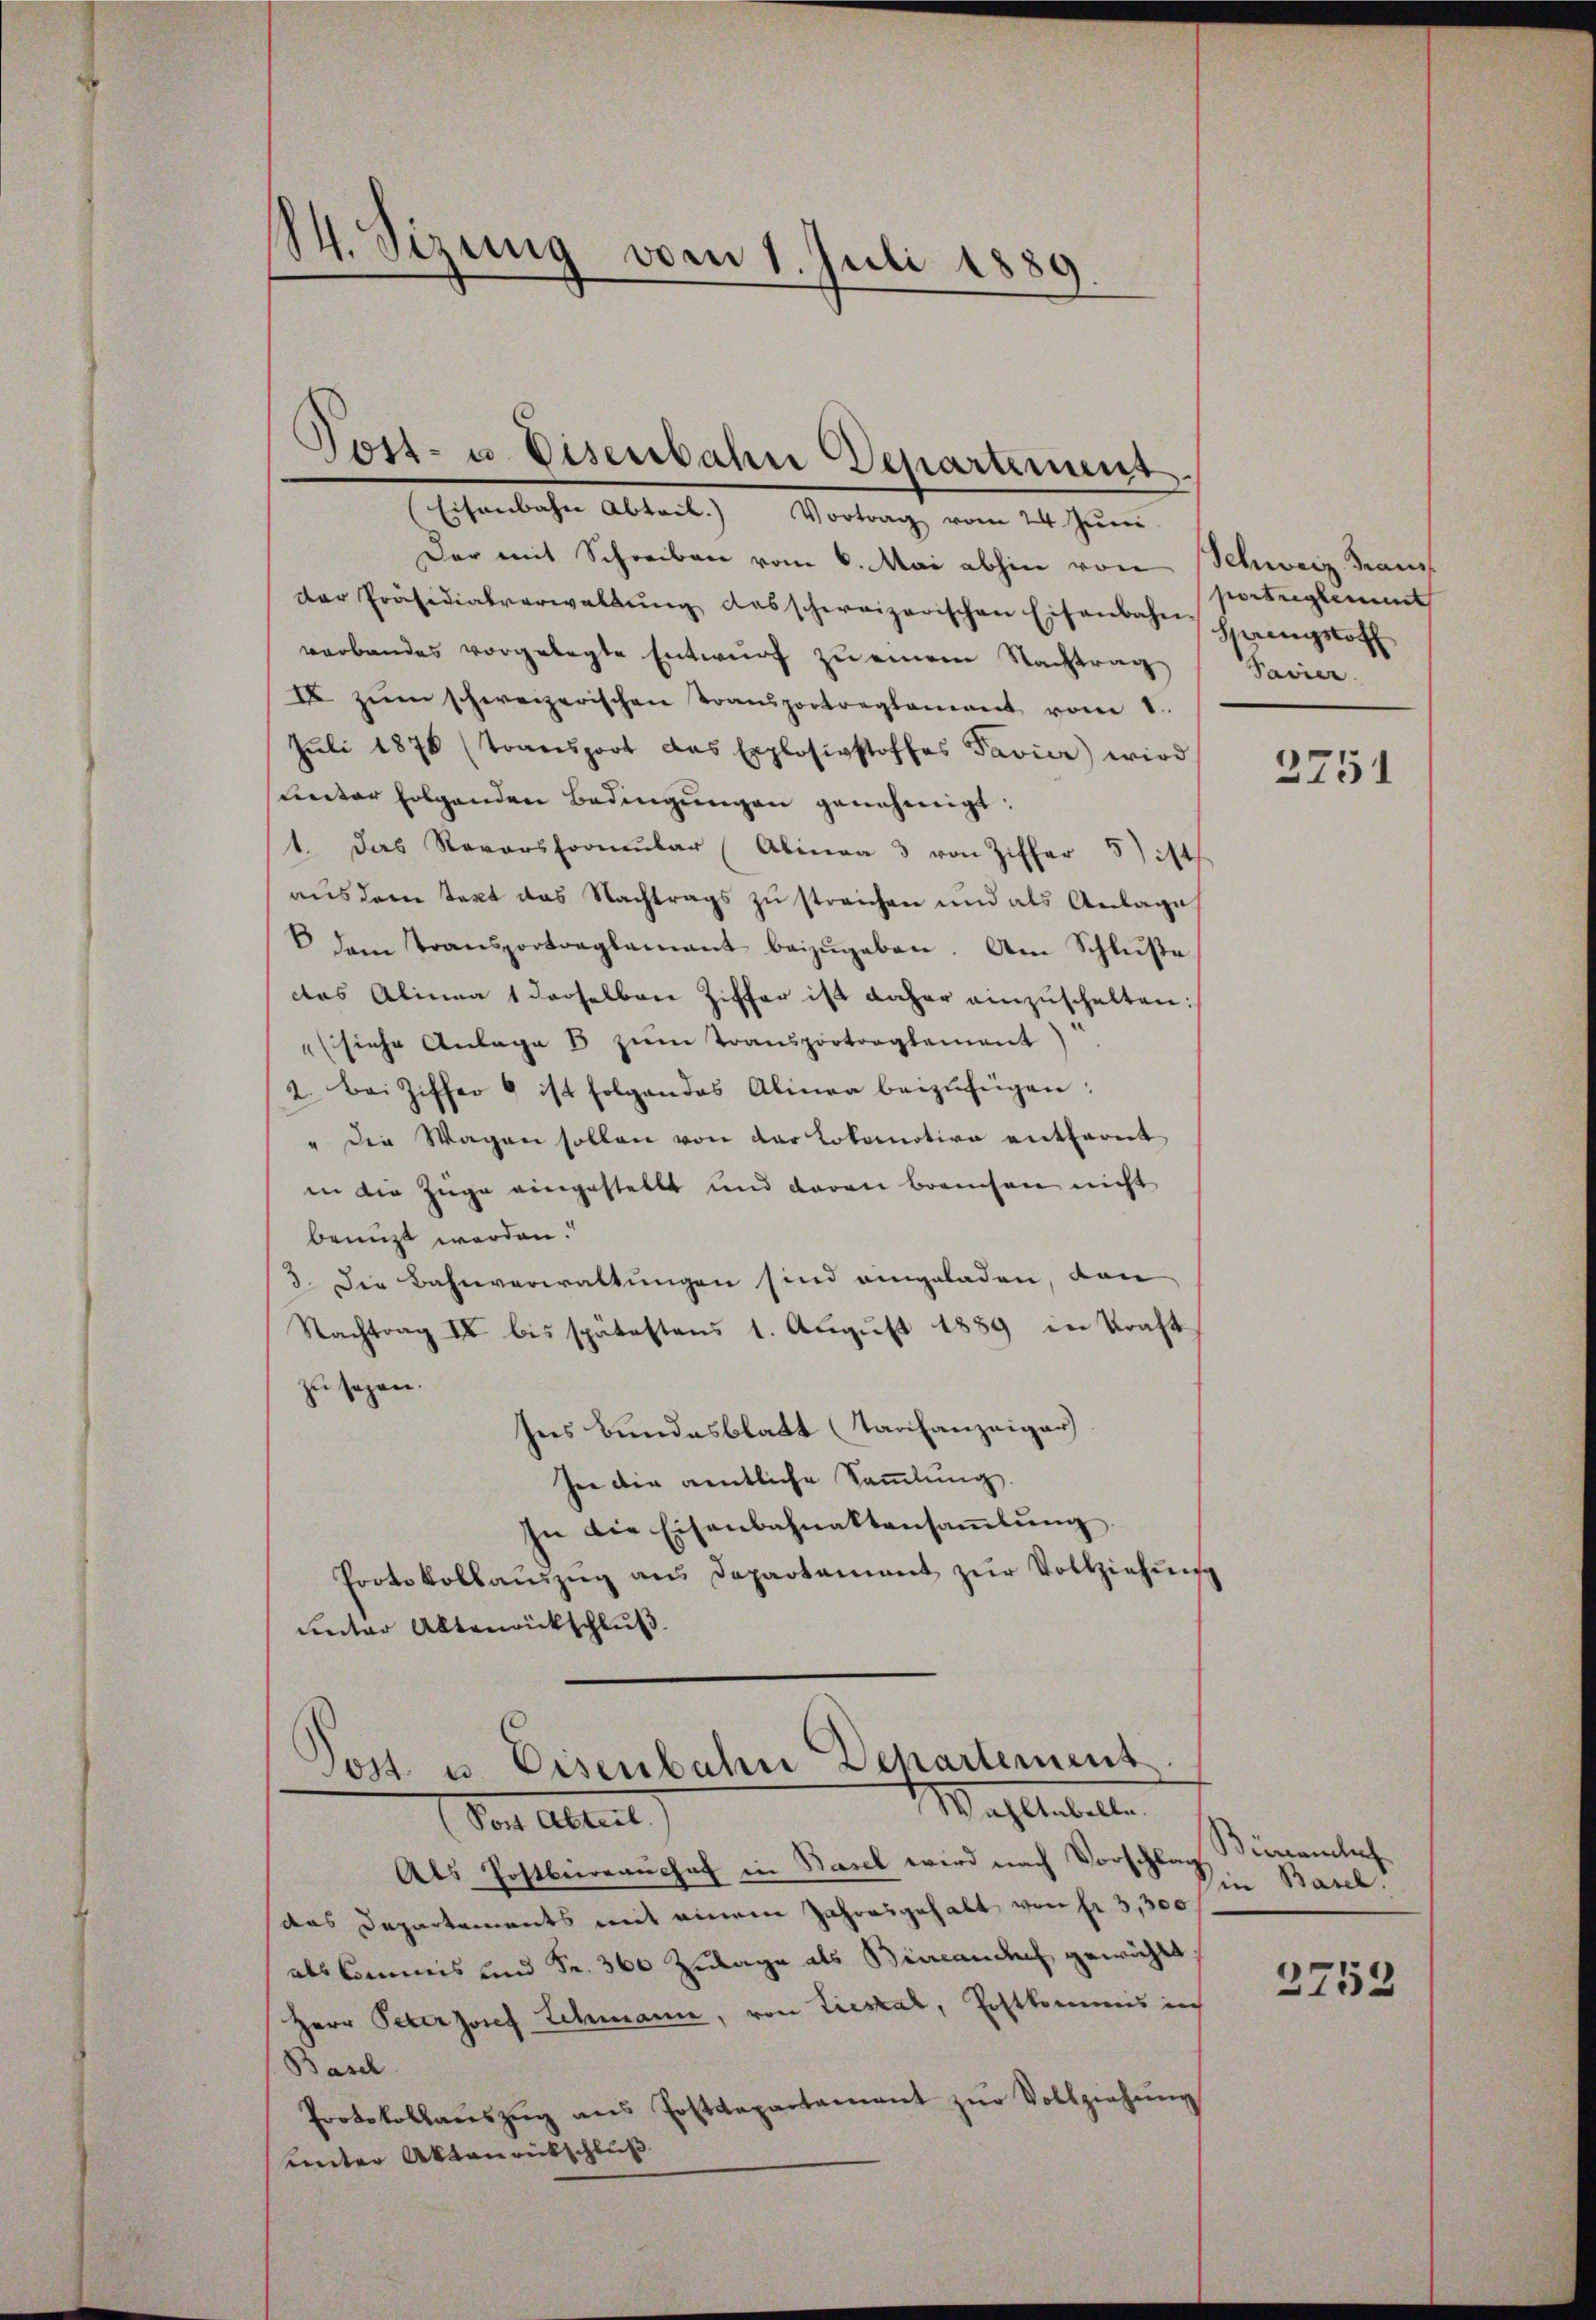
14. Sizung vom 1. Juli 1889.
d

Post- u. Eisenbahn Departement.
Eisenbahn Abteil. Vortrag vom 24. Juni

Der mit Schreiben vom 6. Mai abhin von Schweiz. Traus
der Präsidialverwaltŭng das schweizerischen Eisenbahn springstoff
verbandes vorgelegte Entwurf zu einem Nachtrag Savier
I zŭm schweizerischen Transportreglement vom 1.
Juli 1878 (Transport das Explosigstoffes Favier wird
Ceter folgenden Bedingŭngen genehmigt.
1. Das Revorsformŭlar (Abina 3 von Ziffer 5)
aus dem Text das Nachtrags zu streichen und als Anlage
 dem Transportoaglamant beizugeben. Am Schluße
das Alinea 1 derselben Ziffer ist daher einzuschalten:
" siche Anlage 8 zŭm Transportoaglement
2. Bei Ziffer 6 ist folgendes Alinea beizufügen:
" die Wagen sollen von der Lokomotive entfernt
in die Züge eingestellt und daran brauchen nicht
benuzt werden.
3. Die Bahnverwaltungen sind eingeladen, den
Nachtrag II bis spätestens 1. Aŭgŭst 1859 in Kraft
zu sagen.
Ins Bundesblatt Tagsanzeiger
Iee die amtliche Sammlung.
In die Eisenbahnaktensaṁlŭng.
Protokollaŭszŭg ans Departement zŭr Vollziehŭng
unter Altenrückschluß

Post u. Eisenbahn Departement
Mahlenbette
Von Altert

portreglement

Als Postbeirrauchet in Basel wird nach Vorschlag, Birranches
das Departements mit einem Jahresgehabt von fr. 3,300
als Commis und Fr. 360 Zulage als Binandes gewählt.
Herr Peterjosef Schmann, von Liestal, Postkommis in
Basel
Protokollaŭszŭg ans Postdepartement zŭr Vollziehŭng
unter Aktenrückschluß

2751

in Basel.

2753